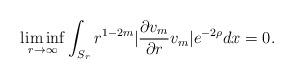
LaTeX: \begin{align*} \liminf_{r\to\infty} \int_{S_{r}}r^{1-2m}|\frac{\partial v_m}{\partial r}v_m|e^{-2\rho}dx=0.\end{align*}